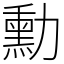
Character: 勳